system: You are a helpful assistant.
user:
Analyze the provided spectrum to determine if it is a **S-type Star**.

- **Key Indicators for S-type Star:**

    - **(Overall Spectrum Shape):** The first and most obvious characteristic is the overall continuum (the "baseline" shape). It is **extremely "red-sloping,"** meaning the flux (light intensity) is very low on the left side (blue, ~4000-4500 Å) and rises steeply and continuously toward the right side (red, ~7000 Å+).

    - **(Primary):** The spectrum is defined by the presence of strong, broad molecular absorption "valleys" (bands) from **Zirconium Oxide (ZrO)**. The identification of these bands is the **primary requirement** for classifying a star as S-type.
        - **(Key Bandheads):** You must find distinct, deep "dips" where the light has been absorbed. The most critical band systems to locate are:
            - **~6474 Å** ($\gamma$-system): This is often the strongest and clearest ZrO feature, found in the red part of the spectrum.
            - **~5718 Å** & **~5551 Å** ($\beta$-system): A pair of prominent absorption features in the yellow-orange part of the spectrum.
            - **~4640 Å** ($\alpha$-system): A key absorption band system in the blue-green region of the spectrum.

    - **(Secondary Confirmation):** The classification is strengthened by finding additional absorption bands from other related heavy element oxides, which are expected to be present alongside ZrO.
        - **(Key Bandheads):**
            - **Yttrium Oxide (YO):** Look for absorption dips near **~4800 Å** and **~6100 Å**.
            - **Lanthanum Oxide (LaO):** Additional absorption features, particularly in the red-orange part of the spectrum, are also characteristic.

    - **(Line Profile):** The combination of the steep red continuum and these numerous, deep molecular bands (ZrO, YO, etc.) gives the entire spectrum a very **"chopped-up"** or **"bumpy"** appearance. Instead of a smooth curve, the spectrum looks as though large, wide chunks of light have been "carved out" of it at the specific wavelengths listed above.

Think first, call **spectral_visualization_tool** if needed to examine features in detail, then provide your final answer. Your response must adhere to the following strict rules:
1.  **Overall Structure:** Your response must follow the format `<think>...</think> <tool_call>...</tool_call> (if a tool is used) <answer>...</answer>`.
2.  **Tool Usage Constraint:** You may only make **one** tool call per turn.
3.  **Final Answer Format:** In the `<answer>` tag, your conclusion must be inside a `\boxed{}` command (e.g., `\boxed{YES}` or `\boxed{NO}`), followed by your justification.

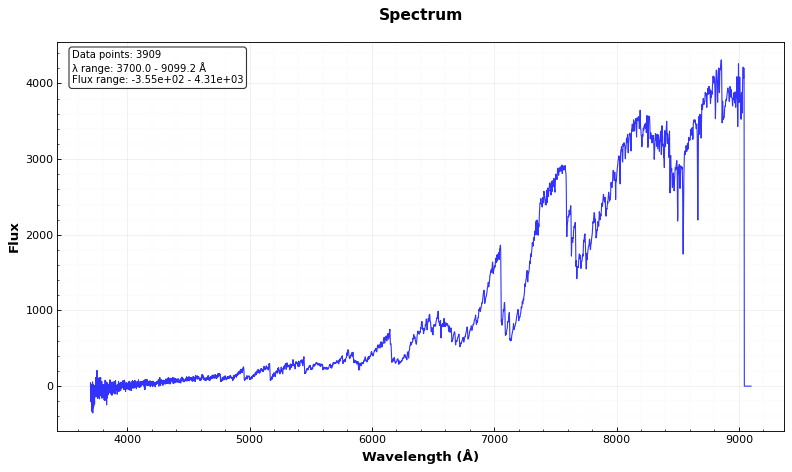
Answer: YES